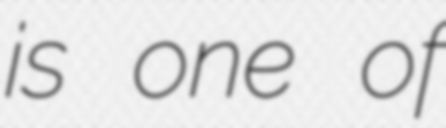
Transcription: is one of